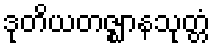
ဒုတိယတဇ္ဈာနသုတ္တံ